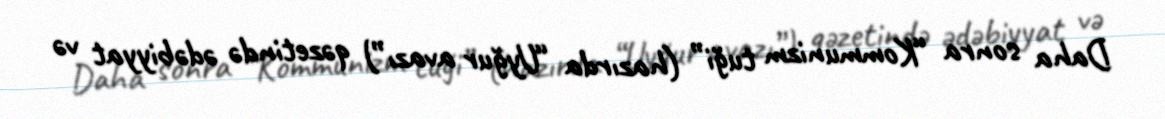
Daha sonra “Kommunizm tuği” (hazırda “Uyğur avazı”) qəzetində ədəbiyyat və